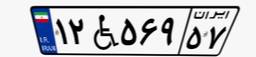
۱۲W۵۶۹۵۷